Civil Veterinary Department Bengal reports 1923-33 - 1923-1933
Year: 1923
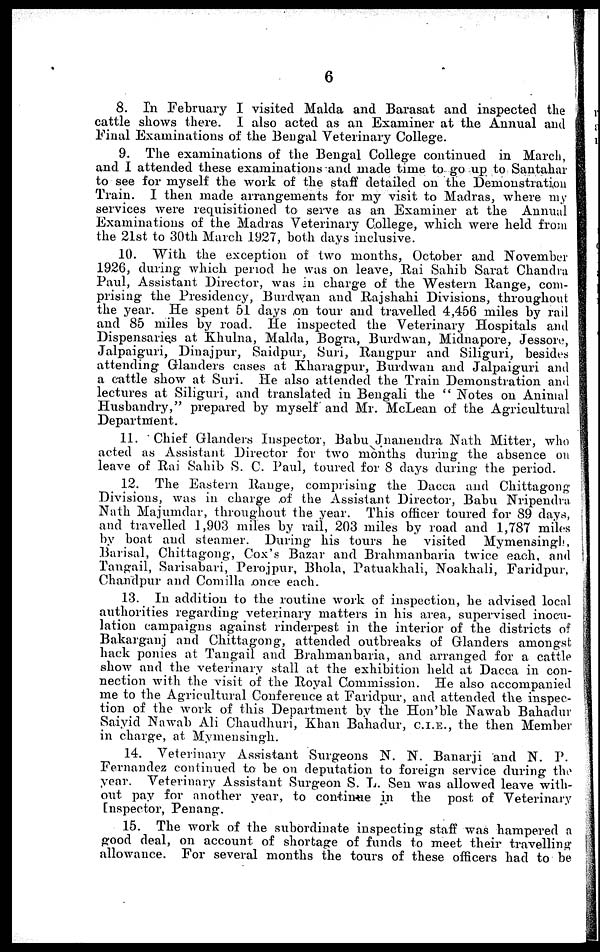
6
8. In February I visited Malda and Barasat and inspected the
cattle shows there. I also acted as an Examiner at the Annual and
Final Examinations of the Bengal Veterinary College.
9. The examinations of the Bengal College continued in March,
and I attended these examinations and made time to go up to Santahar
to see for myself the work of the staff detailed on the Demonstration
Train. I then made arrangements for my visit to Madras, where my
services were requisitioned to serve as an Examiner at the Annual
Examinations of the Madras Veterinary College, which were held from
the 21st to 30th March 1927, both days inclusive.
10. With the exception of two months, October and November
1926, during which period he was on leave, Rai Sahib Sarat Chandra
Paul, Assistant Director, was in charge of the Western Range, com-
prising the Presidency, Burdwan and Rajshahi Divisions, throughout
the year. He spent 51 days on tour and travelled 4,456 miles by rail
and 85 miles by road. He inspected the Veterinary Hospitals and
Dispensaries at Khulna, Malda, Bogra, Burdwan, Midnapore, Jessore,
Jalpaiguri, Dinajpur, Saidpur, Suri, Rangpur and Siliguri, besides
attending Glanders cases at Kharagpur, Burdwan and Jalpaiguri and
a cattle show at Suri. He also attended the Train Demonstration and
lectures at Siliguri, and translated in Bengali the " Notes on Animal
Husbandry," prepared by myself and Mr. McLean of the Agricultural
Department.
11. Chief Glanders Inspector, Babu Jnanendra Nath Mitter, who
acted as Assistant Director for two months during the absence on
leave of Rai Sahib S. C. Paul, toured for 8 days during the period.
12. The Eastern Range, comprising the Dacca and Chittagong
Divisions, was in charge of the Assistant Director, Babu Nripendra
Nath Majumdar, throughout the year. This officer toured for 89 days,
and travelled 1,903 miles by rail, 203 miles by road and 1,787 miles
by boat and steamer. During his tours he visited
Mymensingh,
Barisal, Chittagong, Cox's Bazar and Brahmanbaria twice each, and
Tangail, Sarisabari, Perojpur, Bhola, Patuakhali, Noakhali, Faridpur,
Chandpur and Comilla once each.
13. In addition to the routine work of inspection, he advised local
authorities regarding veterinary matters in his area, supervised inocu-
lation campaigns against rinderpest in the interior of the districts of
Bakarganj and Chittagong, attended outbreaks of Glanders amongst
hack ponies at Tangail and Brahmanbaria, and arranged for a cattle
show and the veterinary stall at the exhibition held at Dacca in con-
nection with the visit of the Royal Commission. He also accompanied
me to the Agricultural Conference at Faridpur, and attended the inspec-
tion of the work of this Department by the Hon'ble Nawab Bahadur
Saiyid Nawab Ali Chaudhuri, Khan Bahadur, C.I.E., the then Member
in charge, at Mymensingh.
14. Veterinary Assistant Surgeons N. N. Banarji and N. P.
Fernandez continued to be on deputation to foreign service during the
year. Veterinary Assistant Surgeon S. L. Sen was allowed leave with-
out pay for another year, to continue in the post of Veterinary
Inspector, Penang.
15. The work of the subordinate inspecting staff was hampered a
good deal, on account of shortage of funds to meet their travelling
allowance. For several months the tours of these officers had to be